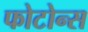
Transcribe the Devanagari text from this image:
फोटोन्स